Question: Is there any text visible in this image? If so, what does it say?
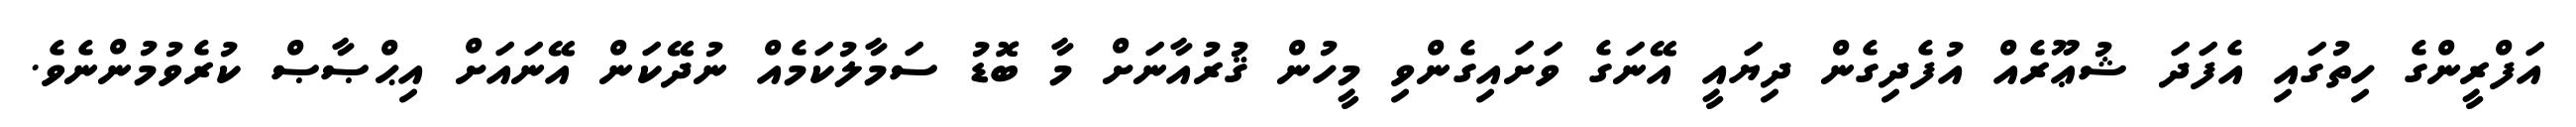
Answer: އަފްރީންގެ ހިތުގައި އެފަދަ ޝުޢޫރެއް އުފެދިގެން ދިޔައީ އޭނަގެ ވަށައިގެންވި މީހުން ޤުރުއާނަށް މާ ބޮޑު ސަމާލުކަމެއް ނުދޭކަން އޭނައަށް އިޙްޞާޞް ކުރެވުމުންނެވެ.